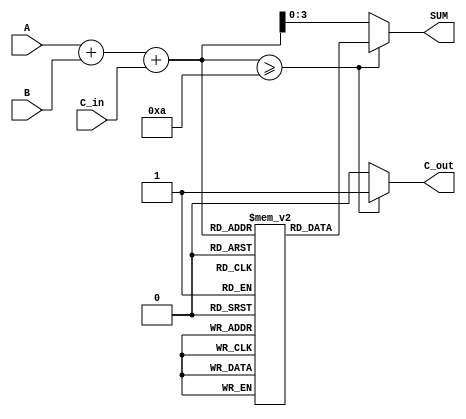
module BCD_LUT_Adder (
    input  wire [3:0] A,      // BCD input A
    input  wire [3:0] B,      // BCD input B
    input  wire C_in,         // Carry-in
    output reg  [3:0] SUM,    // BCD output SUM
    output reg  C_out         // Carry-out
);

    // Temporary sum to hold the binary addition result
    wire [4:0] TEMP_SUM;
    
    // Calculate the initial binary sum
    assign TEMP_SUM = A + B + C_in;

    // Look-Up Table for BCD correction
    reg [3:0] LUT [0:19]; // LUT for values 0 to 19

    initial begin
        // Initialize the LUT with BCD values
        LUT[0]  = 4'b0000; // 0
        LUT[1]  = 4'b0001; // 1
        LUT[2]  = 4'b0010; // 2
        LUT[3]  = 4'b0011; // 3
        LUT[4]  = 4'b0100; // 4
        LUT[5]  = 4'b0101; // 5
        LUT[6]  = 4'b0110; // 6
        LUT[7]  = 4'b0111; // 7
        LUT[8]  = 4'b1000; // 8
        LUT[9]  = 4'b1001; // 9
        LUT[10] = 4'b0000; // 10 (BCD 0 with carry)
        LUT[11] = 4'b0001; // 11 (BCD 1 with carry)
        LUT[12] = 4'b0010; // 12 (BCD 2 with carry)
        LUT[13] = 4'b0011; // 13 (BCD 3 with carry)
        LUT[14] = 4'b0100; // 14 (BCD 4 with carry)
        LUT[15] = 4'b0101; // 15 (BCD 5 with carry)
        LUT[16] = 4'b0110; // 16 (BCD 6 with carry)
        LUT[17] = 4'b0111; // 17 (BCD 7 with carry)
        LUT[18] = 4'b1000; // 18 (BCD 8 with carry)
        LUT[19] = 4'b1001; // 19 (BCD 9 with carry)
    end

    // Always block to compute the BCD sum and carry-out
    always @(*) begin
        if (TEMP_SUM >= 10) begin
            SUM = LUT[TEMP_SUM]; // Use LUT for correction
            C_out = 1'b1;        // Set carry-out
        end else begin
            SUM = TEMP_SUM[3:0]; // No correction needed
            C_out = 1'b0;        // No carry-out
        end
    end

endmodule